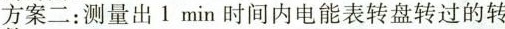
方案二：测量出1min时间内电能表转盘转过的转